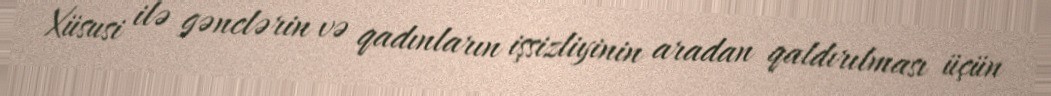
Xüsusi ilə gənclərin və qadınların işsizliyinin aradan qaldırılması üçün